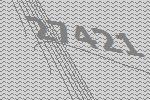
27421